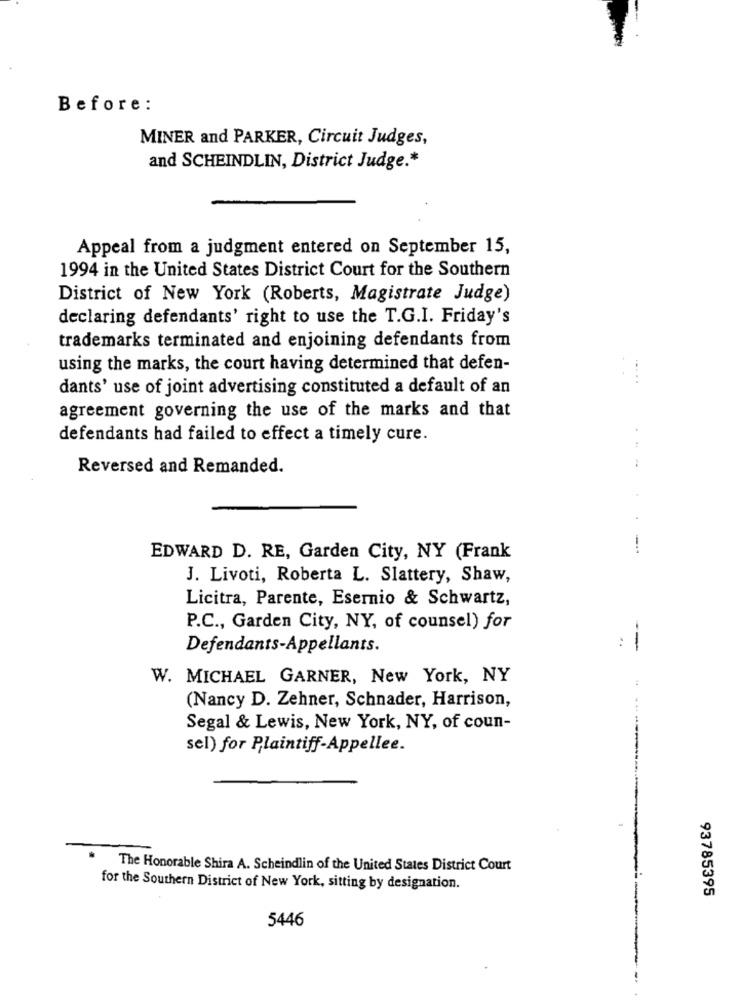
Before:
MINER and PARKER, Circuit Judges,
and SCHEINDLIN, District Judge .*
Appeal from a judgment entered on September 15,
1994 in the United States District Court for the Southern
District of New York (Roberts, Magistrate Judge)
declaring defendants' right to use the T.G.I. Friday's
trademarks terminated and enjoining defendants from
using the marks, the court having determined that defen-
....
dants' use of joint advertising constituted a default of an
agreement governing the use of the marks and that
defendants had failed to effect a timely cure.
Reversed and Remanded.
EDWARD D. RE, Garden City, NY (Frank
J. Livoti, Roberta L. Slattery, Shaw,
Licitra, Parente, Esernio & Schwartz,
P.C ., Garden City, NY, of counsel) for
Defendants-Appellants.
--
W. MICHAEL GARNER, New York, NY
(Nancy D. Zehner, Schnader, Harrison,
Segal & Lewis, New York, NY, of coun-
sel) for Plaintiff-Appellee.
The Honorable Shira A. Scheindlin of the United States District Court
for the Southern District of New York, sitting by designation.
93785395
5446